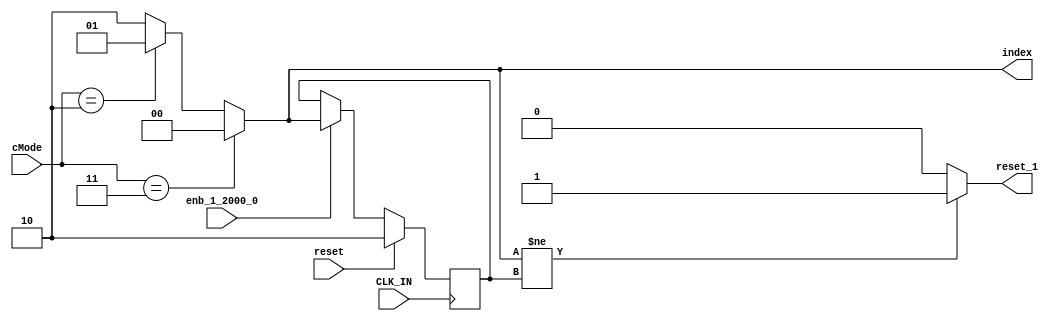
// -------------------------------------------------------------
// 
// 
// Generated by MATLAB 8.2 and HDL Coder 3.3
// 
// -------------------------------------------------------------


// -------------------------------------------------------------
// 
// Module: controllerHdl_MATLAB_Function_block2
// Source Path: controllerHdl/Field_Oriented_Control/MATLAB Function
// Hierarchy Level: 3
// 
// -------------------------------------------------------------

`timescale 1 ns / 1 ns

module controllerHdl_MATLAB_Function_block2
          (
           CLK_IN,
           reset,
           enb_1_2000_0,
           cMode,
           index,
           reset_1
          );


  input   CLK_IN;
  input   reset;
  input   enb_1_2000_0;
  input   [1:0] cMode;  // ufix2
  output  [1:0] index;  // ufix2
  output  reset_1;

  parameter [1:0] controllerModeEnum_VelocityControl = 2;  // ufix2
  parameter [1:0] controllerModeEnum_OpenLoopVelocityControl = 3;  // ufix2

  reg [1:0] index_1;  // ufix2
  reg  reset_2;
  reg [1:0] index_n1;  // ufix2
  reg [1:0] index_n1_next;  // ufix2
  reg [1:0] index_2;  // ufix2


  always @(posedge CLK_IN)
    begin : MATLAB_Function_process
      if (reset == 1'b1) begin
        index_n1 <= 2'b10;
      end
      else if (enb_1_2000_0) begin
        index_n1 <= index_n1_next;
      end
    end

  always @(cMode, index_n1) begin
    //MATLAB Function 'Field_Oriented_Control/MATLAB Function': '<S14>:1'
    //.
    if (cMode == controllerModeEnum_OpenLoopVelocityControl) begin
      //'<S14>:1:17'
      index_2 = 2'b00;
    end
    else if (cMode == controllerModeEnum_VelocityControl) begin
      //'<S14>:1:19'
      index_2 = 2'b01;
    end
    else begin
      //'<S14>:1:21'
      index_2 = 2'b10;
    end
    if (index_2 != index_n1) begin
      //'<S14>:1:25'
      reset_2 = 1'b1;
    end
    else begin
      //'<S14>:1:27'
      reset_2 = 1'b0;
    end
    //'<S14>:1:29'
    index_n1_next = index_2;
    index_1 = index_2;
  end



  assign index = index_1;

  assign reset_1 = reset_2;

endmodule  // controllerHdl_MATLAB_Function_block2